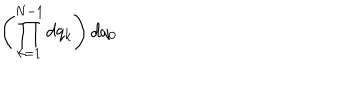
LaTeX: \left( \prod _ { k = 1 } ^ { N - 1 } d q _ { k } \right) d q _ { 0 }